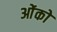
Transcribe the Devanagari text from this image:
ओंको